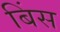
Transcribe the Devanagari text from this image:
बिंस